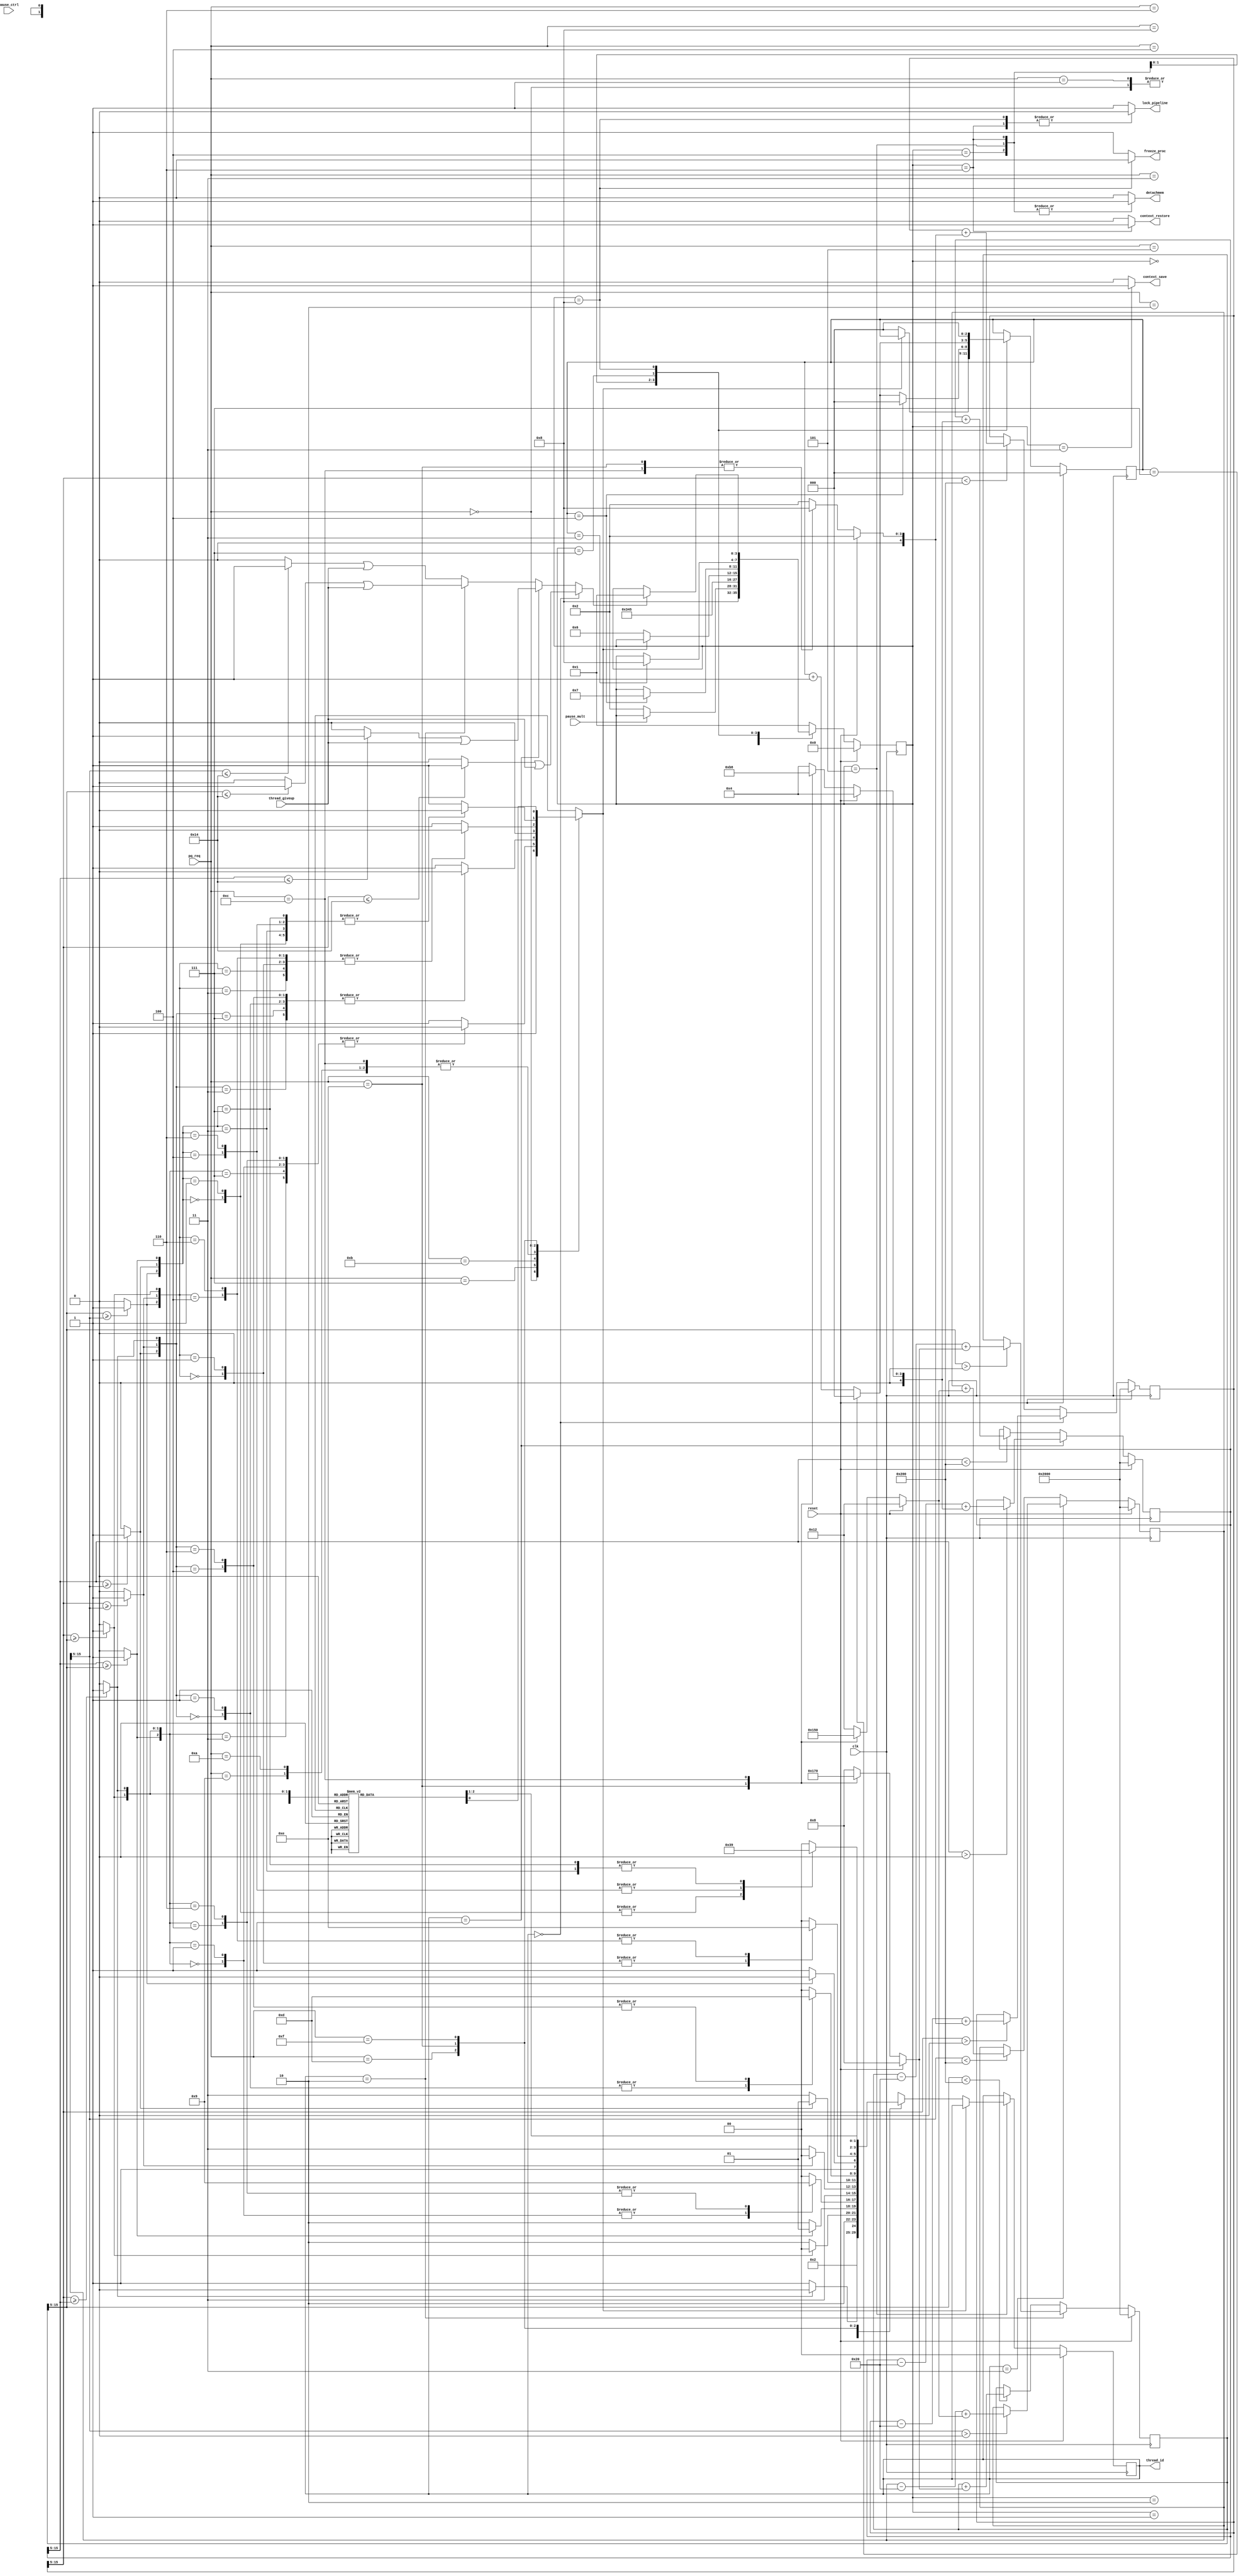
module thread_ctrl(
	input			clk,
	input			reset,
	output		[1:0]	thread_id,
	input		[3:0]	pq_req,
	output	reg		context_save,
	output	reg		context_restore,
	output	reg		freeze_proc,
	input			pause_mult,
	input			pause_ctrl,
	input			thread_giveup,
	output	reg		detachmem,
	output	reg		lock_pipeline
);

parameter	MAX_CREDIT0	=	11'b01000000000,
		MAX_CREDIT1	=	11'b01000000000,
		MAX_CREDIT2	=	11'b01000000000,
		MAX_CREDIT3	=	11'b01000000000;

//parameter	MAX_CREDIT0	=	11'b0001000000,
//		MAX_CREDIT1	=	11'b0010000000,
//		MAX_CREDIT2	=	11'b0100000000,
//		MAX_CREDIT3	=	11'b1001000000;

reg	[4:0]	thread_priority0;
reg	[4:0]	thread_priority1;
reg	[4:0]	thread_priority2;
reg	[4:0]	thread_priority3;

//parameter	THREAD_PRIORITY0	=	5'b01000,
//		THREAD_PRIORITY1	=	5'b01000,
//		THREAD_PRIORITY2	=	5'b01000,
//		THREAD_PRIORITY3	=	5'b01000;

reg	[15:0]	credit_vector0;
reg	[15:0]	credit_vector1;
reg	[15:0]	credit_vector2;
reg	[15:0]	credit_vector3;
wire	[15:0]	credit_vector_next0;
wire	[15:0]	credit_vector_next1;
wire	[15:0]	credit_vector_next2;
wire	[15:0]	credit_vector_next3;
wire		preempt0;
wire		preempt1;
wire		preempt2;
wire		preempt3;
wire	[15:0]	credit_vector_dec0;
assign credit_vector_dec0 = (credit_vector0[15:5] > 0) ? (credit_vector0 - 6'b100000 + thread_priority0): credit_vector0 ;
wire	[15:0]	credit_vector_dec1;
assign credit_vector_dec1 = (credit_vector1[15:5] > 0) ? (credit_vector1 - 6'b100000 + thread_priority1): credit_vector1  ;
wire	[15:0]	credit_vector_dec2;
assign credit_vector_dec2 = (credit_vector2[15:5] > 0) ? (credit_vector2 - 6'b100000 + thread_priority2): credit_vector2  ;
wire	[15:0]	credit_vector_dec3;
assign credit_vector_dec3 = (credit_vector3[15:5] > 0) ? (credit_vector3 - 6'b100000 + thread_priority3): credit_vector3  ;

assign credit_vector_next0 = (thread_id == 2'b00) ? credit_vector_dec0 : 
			(credit_vector0[15:5] < MAX_CREDIT0) ? (credit_vector0 + thread_priority0) : credit_vector0;
assign credit_vector_next1 = (thread_id == 2'b01) ? credit_vector_dec1 : 
			(credit_vector1[15:5] < MAX_CREDIT1) ? (credit_vector1 + thread_priority1) : credit_vector1;
assign credit_vector_next2 = (thread_id == 2'b10) ? credit_vector_dec2 : 
			(credit_vector2[15:5] < MAX_CREDIT2) ? (credit_vector2 + thread_priority2) : credit_vector2;
assign credit_vector_next3 = (thread_id == 2'b11) ? credit_vector_dec3 : 
			(credit_vector3[15:5] < MAX_CREDIT3) ? (credit_vector3 + thread_priority3) : credit_vector3;
assign preempt0 = (credit_vector0[15:5] <= 11'b00000010100) ? 1 : 0;
assign preempt1 = (credit_vector1[15:5] <= 11'b00000010100) ? 1 : 0;
assign preempt2 = (credit_vector2[15:5] <= 11'b00000010100) ? 1 : 0;
assign preempt3 = (credit_vector3[15:5] <= 11'b00000010100) ? 1 : 0;

wire	[10:0]	credit0;
wire	[10:0]	credit1;
wire	[10:0]	credit2;
wire	[10:0]	credit3;
assign credit0 = credit_vector0[15:5];
assign credit1 = credit_vector1[15:5];
assign credit2 = credit_vector2[15:5];
assign credit3 = credit_vector3[15:5];

always @(posedge clk) begin
	if(reset) begin
		credit_vector0 <= {11'b00100000000,5'b00000};
		credit_vector1 <= {11'b00100000000,5'b00000};
		credit_vector2 <= {11'b00100000000,5'b00000};
		credit_vector3 <= {11'b00100000000,5'b00000};
	end else begin
		credit_vector0 <= credit_vector_next0;
		credit_vector1 <= credit_vector_next1;
		credit_vector2 <= credit_vector_next2;
		credit_vector3 <= credit_vector_next3;
	end
end

always @(*) begin
	if(reset) begin
		thread_priority0 = 5'b00010;
		thread_priority1 = 5'b00100;
		thread_priority2 = 5'b01000;
		thread_priority3 = 5'b10010;
	end else begin
		case(pq_req)
			4'b1110 : begin
				thread_priority0 = 5'b01000;
				thread_priority1 = 5'b01011;
				thread_priority2 = 5'b01011;
				thread_priority3 = 5'b01010;
			end
			4'b1100 : begin
				thread_priority0 = 5'b01000;
				thread_priority1 = 5'b01000;
				thread_priority2 = 5'b10000;
				thread_priority3 = 5'b10000;
			end
			default: begin
				thread_priority0 = 5'b00010;
				thread_priority1 = 5'b00100;
				thread_priority2 = 5'b01000;
				thread_priority3 = 5'b10010;
			end
		endcase
	end
end
wire	w0ge1;
wire	w0ge2;
wire	w0ge3;
wire	w1ge2;
wire	w1ge3;
wire	w2ge3;
assign w0ge1 = (credit_vector0[15:5] >= credit_vector1[15:5])? 1 : 0;
assign w0ge2 = (credit_vector0[15:5] >= credit_vector2[15:5])? 1 : 0;
assign w0ge3 = (credit_vector0[15:5] >= credit_vector3[15:5])? 1 : 0;
assign w1ge2 = (credit_vector1[15:5] >= credit_vector2[15:5])? 1 : 0;
assign w1ge3 = (credit_vector1[15:5] >= credit_vector3[15:5])? 1 : 0;
assign w2ge3 = (credit_vector2[15:5] >= credit_vector3[15:5])? 1 : 0;

wire	[5:0]	wvalue;
assign wvalue[0] = w0ge1;
assign wvalue[1] = w0ge2;
assign wvalue[2] = w0ge3;
assign wvalue[3] = w1ge2;
assign wvalue[4] = w1ge3;
assign wvalue[5] = w2ge3;

reg		no_thread_available;
reg	[1:0]	next_thread;

always @(*) begin
	no_thread_available = 0;
	next_thread = 0;
	case(pq_req)
		4'b0000: begin
			no_thread_available = 1;
			next_thread = 2'b00;
		end
		4'b0001: begin
			next_thread = 2'b00;
		end
		4'b0010: begin
			next_thread = 2'b01;
		end
		4'b0011: begin
			if(wvalue[0]) begin
				next_thread = 2'b00;
			end else begin
				next_thread = 2'b01;
			end
		end
		4'b0100: begin
			next_thread = 2'b10;
		end
		4'b0101: begin
			if(wvalue[1]) begin
				next_thread = 2'b00;
			end else begin
				next_thread = 2'b10;
			end
		end
		4'b0110: begin
			if(wvalue[3]) begin
				next_thread = 2'b01;
			end else begin
				next_thread = 2'b10;
			end
		end
		4'b0111: begin
			case({wvalue[3],wvalue[1],wvalue[0]})
				3'b000: begin
					next_thread = 2'b10;
				end
				3'b001: begin
					next_thread = 2'b10;
				end
				3'b011: begin
					next_thread = 2'b00;
				end
				3'b100: begin
					next_thread = 2'b01;
				end
				3'b110: begin
					next_thread = 2'b01;
				end
				3'b111: begin
					next_thread = 2'b00;
				end
				default: begin
					next_thread = 2'b00;
					no_thread_available = 1;
				end
			endcase
		end
		4'b1000: begin
			next_thread = 2'b11;
		end
		4'b1001: begin
			if(wvalue[2]) begin
				next_thread = 2'b00;
			end else begin
				next_thread = 2'b11;
			end
		end
		4'b1010: begin
			if(wvalue[4]) begin
				next_thread = 2'b01;
			end else begin
				next_thread = 2'b11;
			end
		end
		4'b1011: begin
			case({wvalue[4],wvalue[2],wvalue[0]})
				3'b000: begin
					next_thread = 2'b11;
				end
				3'b001: begin
					next_thread = 2'b11;
				end
				3'b011: begin
					next_thread = 2'b00;
				end
				3'b100: begin
					next_thread = 2'b01;
				end
				3'b110: begin
					next_thread = 2'b01;
				end
				3'b111: begin
					next_thread = 2'b00;
				end
				default: begin
					next_thread = 2'b00;
					no_thread_available = 1;
				end
			endcase
		end
		4'b1100: begin
			if(wvalue[5]) begin
				next_thread = 2'b10;
			end else begin
				next_thread = 2'b11;
			end
		end
		4'b1101: begin
			case({wvalue[5],wvalue[2],wvalue[1]})
				3'b000: begin
					next_thread = 2'b11;
				end
				3'b001: begin
					next_thread = 2'b11;
				end
				3'b011: begin
					next_thread = 2'b00;
				end
				3'b100: begin
					next_thread = 2'b10;
				end
				3'b110: begin
					next_thread = 2'b10;
				end
				3'b111: begin
					next_thread = 2'b00;
				end
				default: begin
					next_thread = 2'b00;
					no_thread_available = 1;
				end
			endcase
		end
		4'b1110: begin
			case({wvalue[5],wvalue[4],wvalue[3]})
				3'b000: begin
					next_thread = 2'b11;
				end
				3'b001: begin
					next_thread = 2'b11;
				end
				3'b011: begin
					next_thread = 2'b01;
				end
				3'b100: begin
					next_thread = 2'b10;
				end
				3'b110: begin
					next_thread = 2'b10;
				end
				3'b111: begin
					next_thread = 2'b01;
				end
				default: begin
					next_thread = 2'b00;
					no_thread_available = 1;
				end
			endcase
		end
		4'b1111: begin
			case(wvalue)
				6'b000000: begin
					next_thread = 2'b11;
				end
				6'b000001: begin
					next_thread = 2'b11;
				end
				6'b000011: begin
					next_thread = 2'b11;
				end
				6'b000111: begin
					next_thread = 2'b00;
				end
				6'b001000: begin
					next_thread = 2'b11;
				end
				6'b001010: begin
					next_thread = 2'b11;
				end
				6'b001011: begin
					next_thread = 2'b11;
				end
				6'b001111: begin
					next_thread = 2'b00;
				end
				6'b011000: begin
					next_thread = 2'b01;
				end
				6'b011010: begin
					next_thread = 2'b01;
				end
				6'b011110: begin
					next_thread = 2'b01;
				end
				6'b011111: begin
					next_thread = 2'b00;
				end
				6'b100000: begin
					next_thread = 2'b10;
				end
				6'b100001: begin
					next_thread = 2'b10;
				end
				6'b100101: begin
					next_thread = 2'b10;
				end
				6'b100111: begin
					next_thread = 2'b00;
				end
				6'b110000: begin
					next_thread = 2'b10;
				end
				6'b110100: begin
					next_thread = 2'b10;
				end
				6'b110101: begin
					next_thread = 2'b10;
				end
				6'b110111: begin
					next_thread = 2'b00;
				end
				6'b111000: begin
					next_thread = 2'b01;
				end
				6'b111100: begin
					next_thread = 2'b01;
				end
				6'b111110: begin
					next_thread = 2'b01;
				end
				6'b111111: begin
					next_thread = 2'b00;
				end
				default: begin
					next_thread = 2'b00;
					no_thread_available = 1;
				end
			endcase
		end
	endcase
end

wire preempt;

parameter	THREAD_STATE_INIT		=	4'b0000,
		THREAD_STATE_WAITFORPAUSE	=	4'b0001,
		THREAD_STATE_FREEZE		=	4'b0010,
		THREAD_STATE_SAVECONTEXT	=	4'b0011,
		THREAD_STATE_DETACHMEM		=	4'b0100,
		THREAD_STATE_SELECT		=	4'b0101,
		THREAD_STATE_RESTORECONTEXT	=	4'b0110,
		THREAD_STATE_CALMDOWN		=	4'b0111,
		THREAD_STATE_EXECUTING		=	4'b1000;

reg set_timer;
reg [10:0] new_timer;

wire scheduler_timer_expire;
reg [10:0] scheduler_timer;
wire [10:0] scheduler_timer_dec;
assign scheduler_timer_dec = (scheduler_timer_expire == 1'b1) ? 0 : (scheduler_timer - 1'b1);
assign scheduler_timer_expire = (scheduler_timer == 11'b00000000000) ? 1'b1 : 1'b0;

reg [2:0] delay;
reg [2:0] delay_next;
wire [2:0] delay_plus_1;
assign delay_plus_1 = (delay == 3'b111) ? 0 : delay + 1'b1;

reg [1:0] current_thread;
reg [1:0] current_thread_next;
wire [1:0] current_thread_plus_1;
assign current_thread_plus_1 = (current_thread == 2'b11) ? 0 : current_thread + 1'b1;

assign thread_id = current_thread;

reg [3:0] tc_state;
reg [3:0] tc_state_next;

always @(*)
begin
	set_timer = 0;
	new_timer = 0;
	freeze_proc = 1;
	lock_pipeline = 1;
	detachmem = 0;
	context_save = 0;
	context_restore = 0;
	delay_next = delay;
	current_thread_next = current_thread;
	tc_state_next = tc_state;
	case(tc_state)
		THREAD_STATE_INIT: begin
			tc_state_next = THREAD_STATE_EXECUTING;
		end

		THREAD_STATE_WAITFORPAUSE: begin
			if(pause_mult == 1'b0) begin
				tc_state_next = THREAD_STATE_FREEZE;
			end
		end

		THREAD_STATE_FREEZE: begin
			tc_state_next = THREAD_STATE_SAVECONTEXT;
		end

		THREAD_STATE_SAVECONTEXT: begin
			context_save = 1;
			tc_state_next = THREAD_STATE_DETACHMEM;
		end

		THREAD_STATE_DETACHMEM: begin
			detachmem = 1;
			tc_state_next = THREAD_STATE_SELECT;
		end

		THREAD_STATE_SELECT: begin
			detachmem = 1;
			if(no_thread_available == 1'b0) begin
				set_timer = 1;
				current_thread_next = next_thread;
				delay_next = 0;
				tc_state_next = THREAD_STATE_RESTORECONTEXT;
				case(next_thread)
					2'b00: begin
						new_timer = credit_vector0[15:5];
					end
					2'b01: begin
						new_timer = credit_vector1[15:5];
					end
					2'b10: begin
						new_timer = credit_vector2[15:5];
					end
					2'b11: begin
						new_timer = credit_vector3[15:5];
					end
				endcase
			end
		end

		THREAD_STATE_RESTORECONTEXT: begin
			detachmem = 1;
			lock_pipeline = 0;
			context_restore = 1;
			delay_next = delay_plus_1;
			if(delay == 3'b100) begin
				delay_next = 0;
				tc_state_next = THREAD_STATE_CALMDOWN;
			end
		end

		THREAD_STATE_CALMDOWN: begin
			delay_next = delay_plus_1;
			if(delay == 3'b011) begin
				tc_state_next = THREAD_STATE_EXECUTING;
			end
		end

		THREAD_STATE_EXECUTING: begin
			freeze_proc = 0;
			lock_pipeline = 0;
			delay_next = 0;
			if((preempt == 1'b1)) begin
				tc_state_next = THREAD_STATE_WAITFORPAUSE;
			end
		end

		default: begin
			tc_state_next = THREAD_STATE_WAITFORPAUSE;
		end
	endcase
end


always @(posedge clk)
begin
	if(reset) begin
		tc_state <= THREAD_STATE_INIT;
		current_thread <= 0;
		scheduler_timer <= 11'b00100000000;
		delay <= 0;
	end else begin
		tc_state <= tc_state_next;
		current_thread <= current_thread_next;
		if(set_timer == 1'b1) begin
			scheduler_timer <= new_timer;
		end else begin
			scheduler_timer <= scheduler_timer_dec;
		end
		delay <= delay_next;
	end
end

assign preempt = (thread_id == 2'b00) ?  (preempt0 | thread_giveup ) :
		(thread_id == 2'b01) ?  (preempt1 | thread_giveup ) :
		(thread_id == 2'b10) ?  (preempt2 | thread_giveup ) :
		(preempt3 | thread_giveup ) ;

endmodule